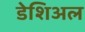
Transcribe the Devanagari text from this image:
डेशिअल